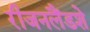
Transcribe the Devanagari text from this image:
रीजनलैंडशे